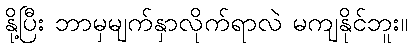
နို့ပြီး ဘာမှမျက်နှာလိုက်ရာလဲ မကျနိုင်ဘူး။